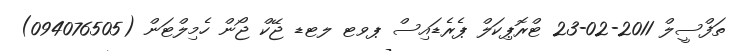
ތަފްސީލް 2011-02-23 ޓްރޮޕިކަލް ޕެރެޑައިސް ޕވޓ ލޓޑ ޖޭކް ޖޯން ހެމިލްޓަން (094076505)